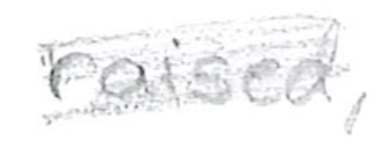
Text: raised,
Cross-out: mix
Writing tool: pencil